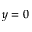
y = 0